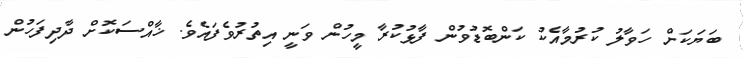
ބަޔަކަށް ހަވާލު ކުރުމާއެކު ކަންބޮޑުވުން ފާޅުކުރާ މީހުން ވަނީ އިތުރުވެފައެވެ. ޚާއްސަކޮށް ދާދިފަހުން